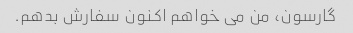
گارسون، من می خواهم اکنون سفارش بدهم.